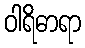
ဝါရိဓာရာ